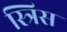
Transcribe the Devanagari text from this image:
स्त्रिस